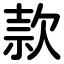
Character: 款